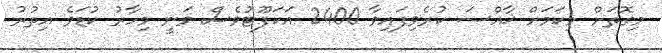
މިގޮތަށް މިކަމަށް ޚާއްސަ ކުރެވިފައިވާ 2400 އަކަފޫޓުވެސް ވަނީ މިހާރު ކުޑަވެ އިތުރު